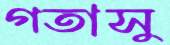
গতাসু